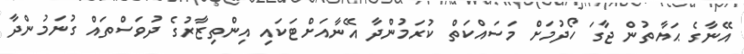
އޭނާގެ ޙަޔާތުން ޖާގަ ހޯދުމަށް މަސައްކަތް ކުރަމުންދާ އޭނާއަށްޓަކައި އިންތިޒާރުގެ ދުވަސްތައް ގުނަމުންދާ